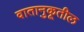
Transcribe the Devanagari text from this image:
वातानुकूतील